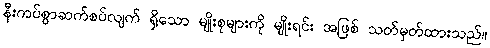
နီးကပ်စွာဆက်စပ်လျက် ရှိသော မျိုးစုများကို မျိုးရင်း အဖြစ် သတ်မှတ်ထားသည်။